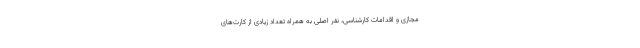
مجازی و اقدامات کارشناسی، نفر اصلی به همراه تعداد زیادی از کارت‌های